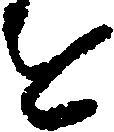
を